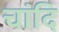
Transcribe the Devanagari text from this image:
चांदि